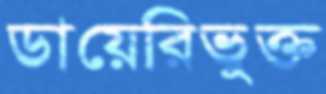
ডায়েরিভুক্ত